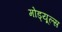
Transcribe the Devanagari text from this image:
मोड्यूल्स